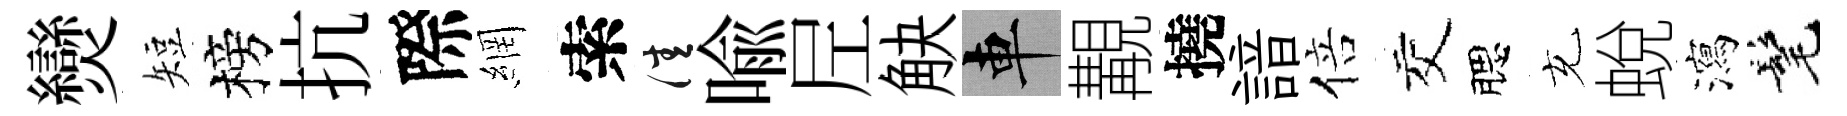
𤓖短榜抗際網索佳喻𡰱觖車覯撓諳倍交腮充蛻瀉髦